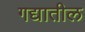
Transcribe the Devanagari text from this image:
गद्यातील